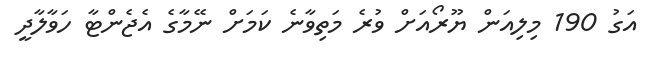
އަގު 190 މިލިއަން ޔޫރޯއަށް ވުރެ މަތިވާނެ ކަމަށް ނޭމާގެ އެޖެންޓާ ހަވާލާދީ